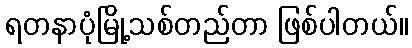
ရတနာပုံမြို့သစ်တည်တာ ဖြစ်ပါတယ်။